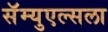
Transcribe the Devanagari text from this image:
सॅम्युएल्सला